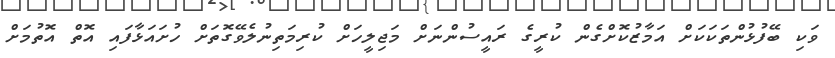
ވަކި ބޭފުޅުންތަކަކަށް އަމާޒުކޮށްގެން ކުރީގެ ރައީސުންނަށް މަޖިލީހަށް ކުރިމަތިނުލެވޭގޮތަށް ހުށައަޅާފައި އޮތް އޮތުމަށް